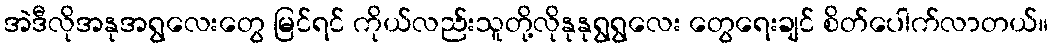
အဲဒီလိုအနုအရွလေးတွေ မြင်ရင် ကိုယ်လည်းသူတို့လိုနုနုရွရွလေး တွေရေးချင် စိတ်ပေါက်လာတယ်။